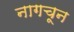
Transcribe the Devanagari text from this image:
नागचून